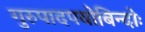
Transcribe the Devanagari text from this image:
गुरुपादपयोबिन्दोः